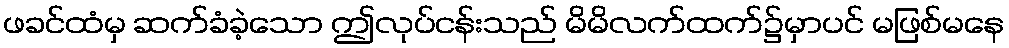
ဖခင်ထံမှ ဆက်ခံခဲ့သော ဤလုပ်ငန်းသည် မိမိလက်ထက်၌မှာပင် မဖြစ်မနေ